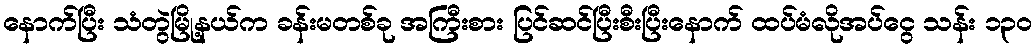
နောက်ပြီး သံတွဲမြို့နယ်က ခန်းမတစ်ခု အကြီးစား ပြင်ဆင်ပြီးစီးပြီးနောက် ထပ်မံလိုအပ်ငွေ သန်း ၁၃၀